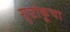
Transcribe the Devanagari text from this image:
सुडोकूचा